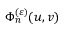
\Phi _ { n } ^ { ( \varepsilon ) } ( u , v )